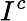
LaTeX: I^{c}